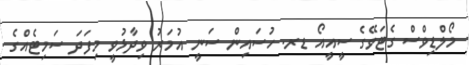
މޯލްޑިވްސް ގެޓަވޭގެ ސީއީއޯ ޑރ. ހުސައިން ސަނީ އުމަރު ވިދާޅުވީ މިފަދަ ސަމިޓެއްގެ